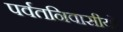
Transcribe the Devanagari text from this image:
पर्वतनिवासीयों